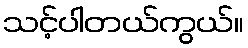
သင့်ပါတယ်ကွယ်။